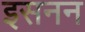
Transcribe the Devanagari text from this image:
इसनन